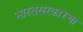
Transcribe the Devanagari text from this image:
भारतसरकारचा